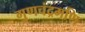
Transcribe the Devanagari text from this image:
गुणचंद्रमणि